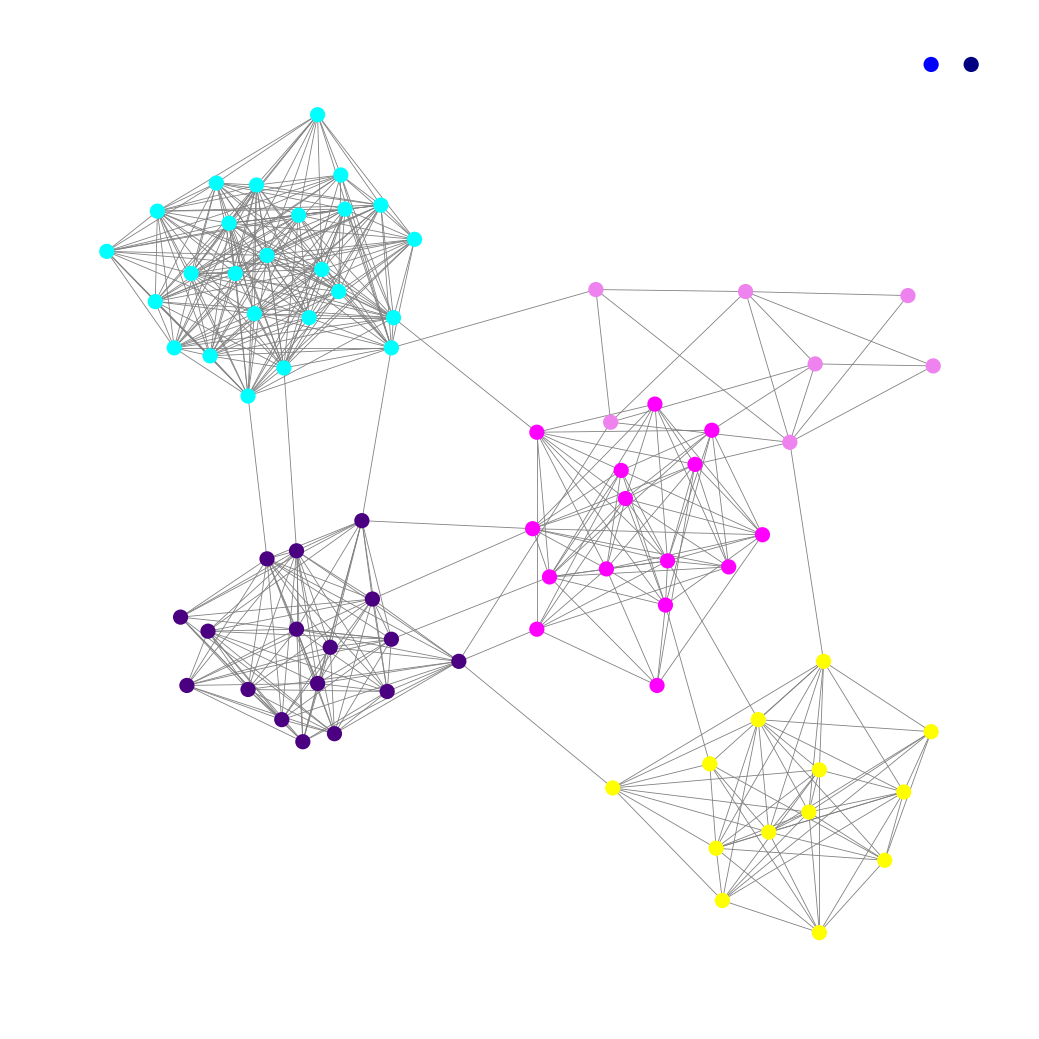
Graph connected: No
Number of connected components: 3
Number of singletons: 2
Total number of nodes: 79
Total number of edges: 475
Number of communities: 7
Community sizes:
Aqua: 25
Blue: 1
Fuchsia: 15
Indigo: 17
Navy: 1
Violet: 7
Yellow: 13
Graph layout: tda
Graph generation method: erdos_renyi